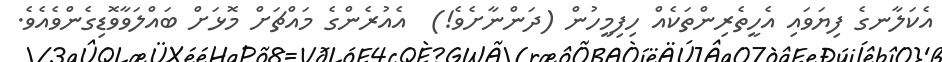
އެކަލާނގެ ފިޔަވައި އެހީތެރިންތަކެއް ހިފިމީހުން (ދަންނާށެވެ!)  އެއުރެންގެ މައްޗަށް މޮޅަށް ބައްލަވާވޮޑިގެންވެއެވެ.